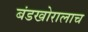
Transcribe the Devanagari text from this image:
बंडखोरालाच